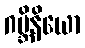
ဂဗ္ဘိနိယော